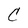
Character: C